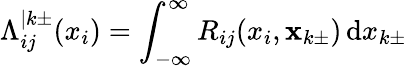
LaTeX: \Lambda_{ij}^{\vert k\pm}(x_{i})=\int_{-\infty}^{\infty}R_{ij}(x_{i},\textbf{x}_{k\pm})\, \mathrm{d}x_{k\pm}